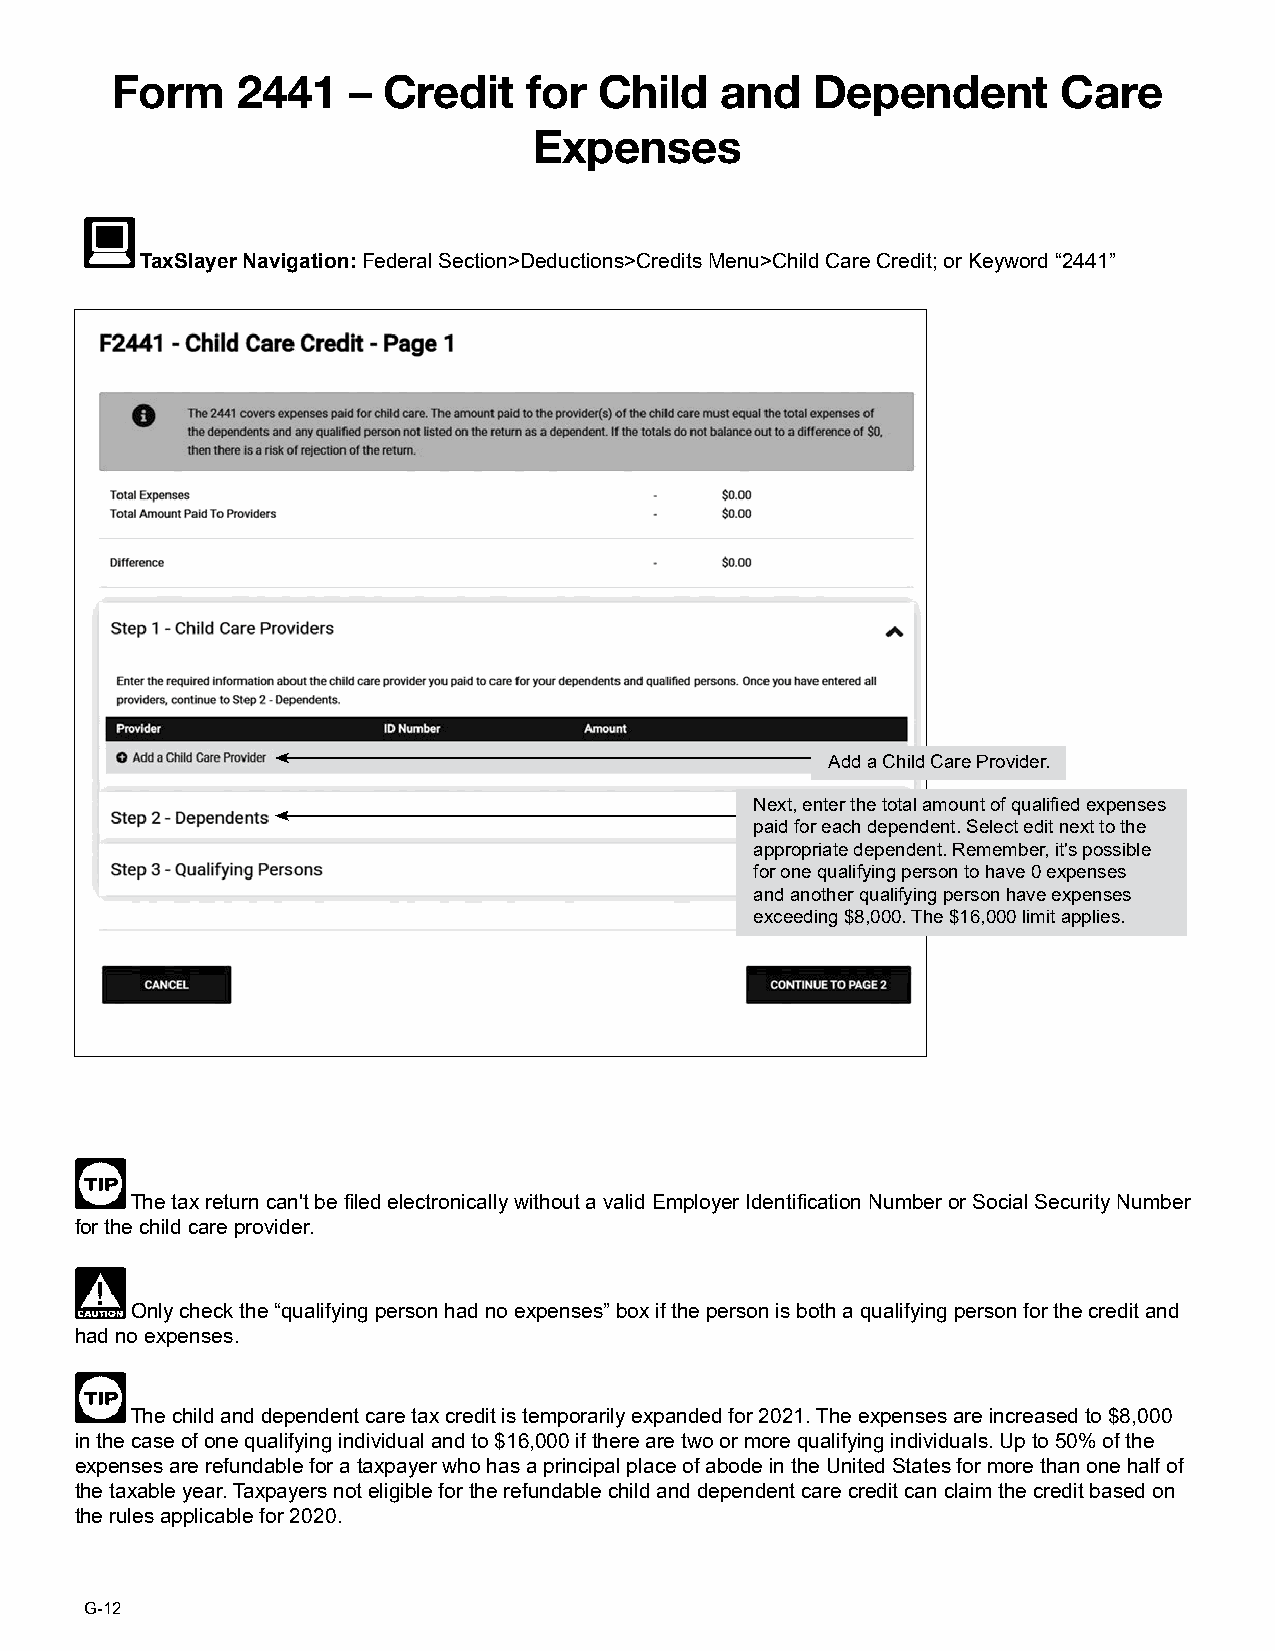
Form     2441   – Credit    for  Child   and   Dependent       Care
 Expenses
 TaxSlayer Navigation: Federal Section>Deductions>Credits Menu>Child Care Credit; or Keyword “2441”
 Add a Child Care Provider.
 Next, enter the total amount of qualified expenses
 paid for each dependent. Select edit next to the
 appropriate dependent. Remember, it's possible
 for one qualifying person to have 0 expenses
 and another qualifying person have expenses
 exceeding $8,000. The $16,000 limit applies.
 The tax return can't be filed electronically without a valid Employer Identification Number or Social Security Number
 for the child care provider.
 Only check the “qualifying person had no expenses” box if the person is both a qualifying person for the credit and
 had no expenses.
 The child and dependent care tax credit is temporarily expanded for 2021. The expenses are increased to $8,000
 in the case of one qualifying individual and to $16,000 if there are two or more qualifying individuals. Up to 50% of the
 expenses are refundable for a taxpayer who has a principal place of abode in the United States for more than one half of
 the taxable year. Taxpayers not eligible for the refundable child and dependent care credit can claim the credit based on
 the rules applicable for 2020.
 G-12